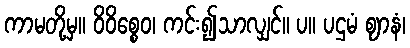
ကာမတို့မှ။ ဝိဝိစ္စေဝ၊ ကင်း၍သာလျှင်။ ပ။ ပဌမံ ဈာနံ၊